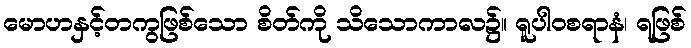
မောဟနှင့်တကွဖြစ်သော စိတ်ကို သိသောကာလ၌။ ရူပါဝစရာနံ၊ ရဖြစ်